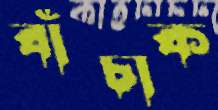
বাঁচাক